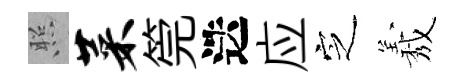
照菜筦迭应㝎𦏁